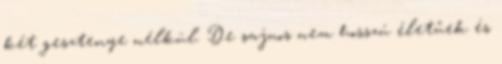
két gesztenye nélkül. De sajnos nem hosszú életűek és